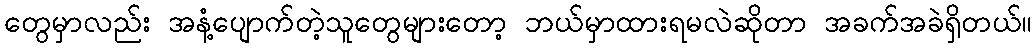
တွေမှာလည်း အနံ့ပျောက်တဲ့သူတွေများတော့ ဘယ်မှာထားရမလဲဆိုတာ အခက်အခဲရှိတယ်။